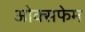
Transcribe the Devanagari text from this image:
ओक्सफेम